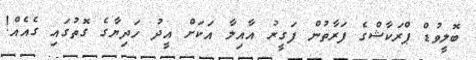
ބޮލީވުޑް ޕްރަކާޝްގެ ފަރާތުން ފަގީރު އާއިލާ އަކަށް އީދު ހަދިޔާގެ ގޮތުގައި ގެއެއް!